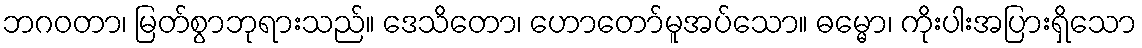
ဘဂဝတာ၊ မြတ်စွာဘုရားသည်။ ဒေသိတော၊ ဟောတော်မူအပ်သော။ ဓမ္မော၊ ကိုးပါးအပြားရှိသော